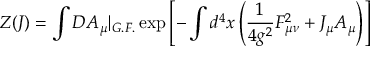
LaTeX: Z ( J ) = \int D A _ { \mu } | _ { G . F . } \exp \left[ - \int d ^ { 4 } x \left( \frac { 1 } { 4 g ^ { 2 } } F _ { \mu \nu } ^ { 2 } + J _ { \mu } A _ { \mu } \right) \right]